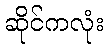
ဆိုင်ကလုံး